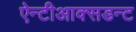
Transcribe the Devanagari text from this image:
ऐन्टीआक्सडन्ट